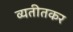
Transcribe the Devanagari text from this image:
व्यतीतकर